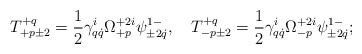
\begin{align*}T^{+q}_{+p\pm2}=\frac12\gamma^i_{q\dot q}\Omega^{+2i}_{+p}\psi^{1-}_{\pm2\dot q},\quad T^{+q}_{-p\pm2}=\frac12\gamma^i_{q\dot q}\Omega^{+2i}_{-p}\psi^{1-}_{\pm2\dot q};\end{align*}